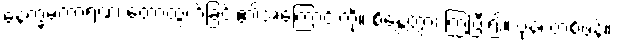
နေက္ခမကာရဏ၊ တောထွက်ခြင်း၏အကြောင်းကို။ စိန္တေတွာ၊ ကြံပြီး၍။ ပုန၊ တစ်ဖန်။